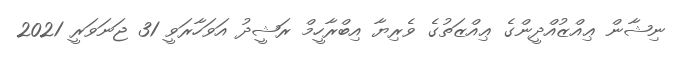
ނިޝާން ޢިއްޒުއްދީންގެ ޢިއްޒަތުގެ ވެރިޔާ އިބްރާހީމް ރަޝީދު އަވަހާރަވީ 31 ޖަނަވަރީ 2021